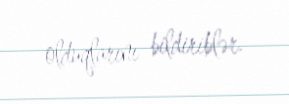
olduqlarını bildiriblər.